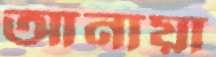
আনায়া